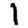
Digit: 1